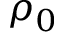
\rho _ { 0 }